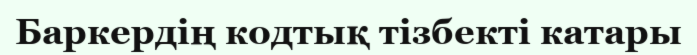
Баркердің кодтық тізбекті катары